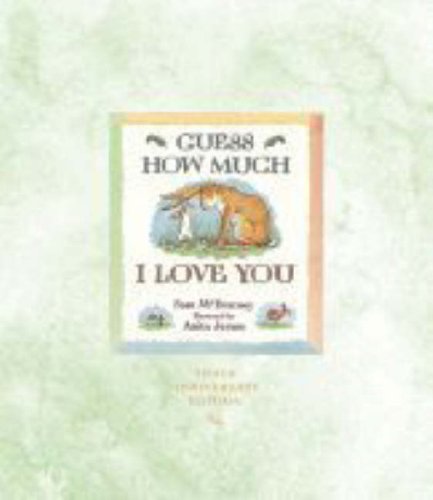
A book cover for Guess How Much I Love You: A Baby's First Year Calendar; Sam McBratney; Calendars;